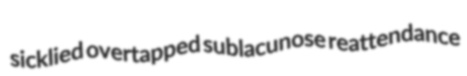
sicklied overtapped sublacunose reattendance